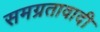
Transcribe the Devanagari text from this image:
समग्रतावादी